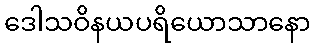
ဒေါသဝိနယပရိယောသာနော